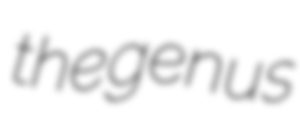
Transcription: the genus